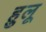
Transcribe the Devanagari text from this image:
हुलू